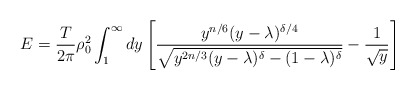
\begin{align*}E ={\frac{ T }{2 \pi}} \rho_0^2 \int_1^{\infty} dy \left[ {\frac{y^{n/6} (y- \lambda)^{\delta/4} }{\sqrt{ y^{2n/3} (y -\lambda)^{\delta} - (1 -\lambda)^{\delta}}}} - {\frac{1 }{\sqrt{y}}} \right]\end{align*}